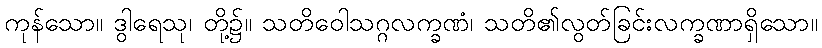
ကုန်သော။ ဒွါရေသု၊ တို့၌။ သတိဝေါသဂ္ဂလက္ခဏံ၊ သတိ၏လွတ်ခြင်းလက္ခဏာရှိသော။